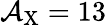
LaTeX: \mathcal{A}_{\mathrm{{X}}}=13